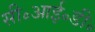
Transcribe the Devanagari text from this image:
सी॰आई॰डी॰